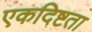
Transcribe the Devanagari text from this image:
एकदिष्टता